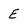
Character: E